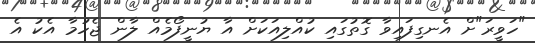
"ހަވީރަ"ށް އެނގިފައިވާ ގޮތުގައި ކުއްލިއަކަށް އާ ޔުނީފޯމެއް ލާން ޖެހުމާ އެކު އެ